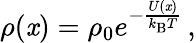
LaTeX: \rho(\mathit{x})=\rho_{0}e^{-\frac{{U(\mathit{x})}}{{k_{\mathrm{{B}}}T}}}\, ,